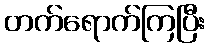
တက်ရောက်ကြပြီး